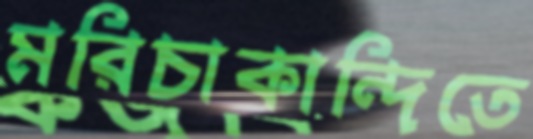
মরিচাকান্দিতে